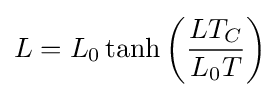
L=L_{0}\tanh \left({\frac {LT_{C}}{L_{0}T}}\right)